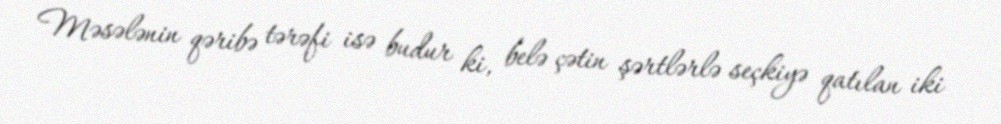
Məsələnin qəribə tərəfi isə budur ki, belə çətin şərtlərlə seçkiyə qatılan iki